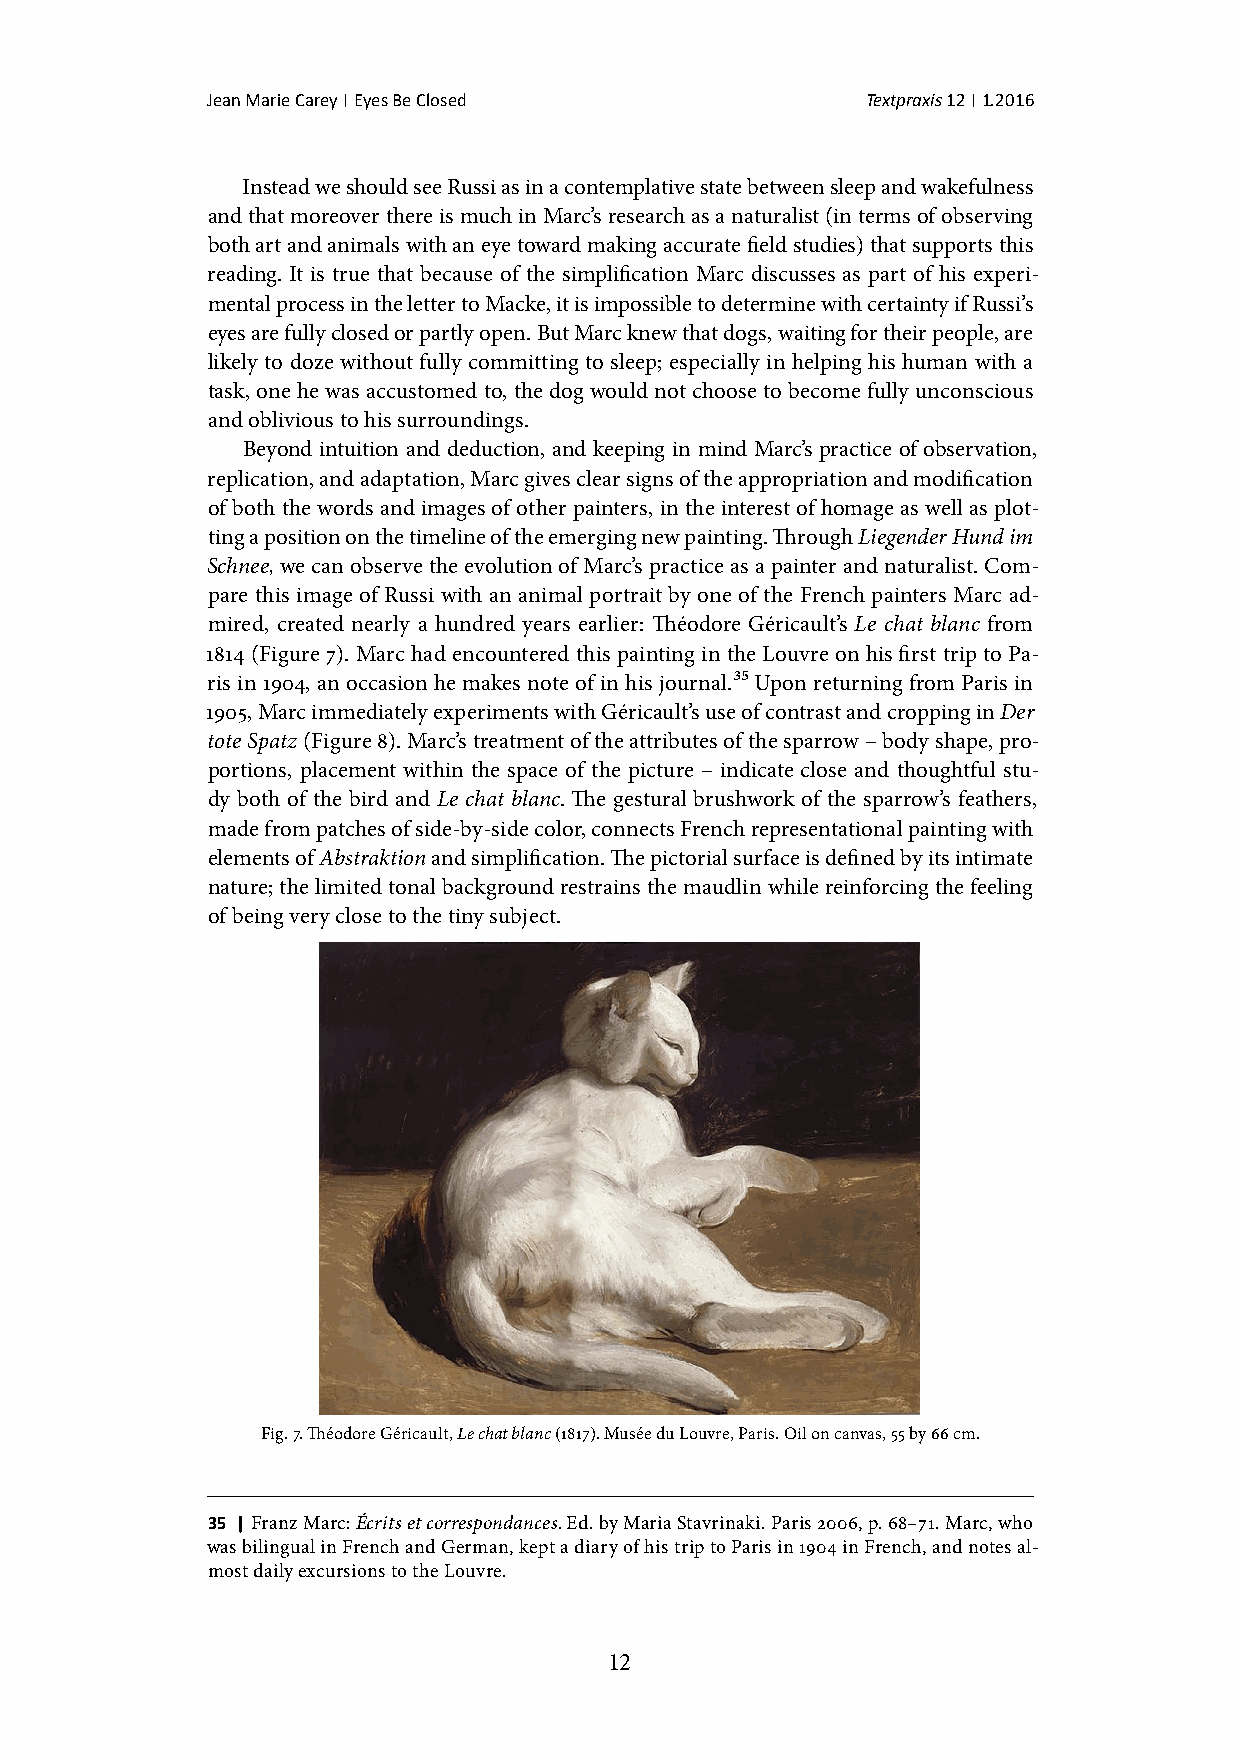
Jean Marie Carey | Eyes Be Closed          Textpraxis 12 | 1.2016
 Instead we should see Russi as in a contemplative state between sleep and wakefulness
 and that moreover there is much in Marc’s research as a naturalist (in terms of observing
 both art and animals with an eye toward making accurate field studies) that supports this
 reading. It is true that because of the simplification Marc discusses as part of his experi-
 mental process in the letter to Macke, it is impossible to determine with certainty if Russi’s
 eyes are fully closed or partly open. But Marc knew that dogs, waiting for their people, are
 likely to doze without fully committing to sleep; especially in helping his human with a
 task, one he was accustomed to, the dog would not choose to become fully unconscious
 and oblivious to his surroundings.
 Beyond intuition and deduction, and keeping in mind Marc’s practice of observation,
 replication, and adaptation, Marc gives clear signs of the appropriation and modification
 of both the words and images of other painters, in the interest of homage as well as plot-
 ting a position on the timeline of the emerging new painting. Through Liegender Hund im
 Schnee, we can observe the evolution of Marc’s practice as a painter and naturalist. Com-
 pare this image of Russi with an animal portrait by one of the French painters Marc ad-
 mired, created nearly a hundred years earlier: Théodore Géricault’s Le chat blanc from
 1814 (Figure 7). Marc had encountered this painting in the Louvre on his first trip to Pa-
 ris in 1904, an occasion he makes note of in his journal.35 Upon returning from Paris in
 1905, Marc immediately experiments with Géricault’s use of contrast and cropping in Der
 tote Spatz (Figure 8). Marc’s treatment of the attributes of the sparrow – body shape, pro-
 portions, placement within the space of the picture – indicate close and thoughtful stu-
 dy both of the bird and Le chat blanc. The gestural brushwork of the sparrow’s feathers,
 made from patches of side-by-side color, connects French representational painting with
 elements of Abstraktion and simplification. The pictorial surface is defined by its intimate
 nature; the limited tonal background restrains the maudlin while reinforcing the feeling
 of being very close to the tiny subject.
 Fig. 7. Théodore Géricault, Le chat blanc (1817). Musée du Louvre, Paris. Oil on canvas, 55 by 66 cm.
 35 | Franz Marc: Écrits et correspondances. Ed. by Maria Stavrinaki. Paris 2006, p. 68–71. Marc, who
 was bilingual in French and German, kept a diary of his trip to Paris in 1904 in French, and notes al-
 most daily excursions to the Louvre.
 12